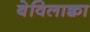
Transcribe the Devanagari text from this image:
बेविलाक्वा